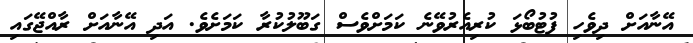
އޭނާއަށް ދިވެހި ފުޓުބޯޅަ ކުރިއެރުވޭނެ ކަމަށްވެސް ގަބޫލުކުރާ ކަމަށެވެ. އަދި އޭނާއަށް ރާއްޖޭގައި